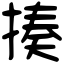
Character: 揍